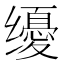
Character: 𰭀